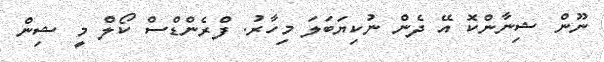
ނޫން ޝިނާންކޮ އޭ ދެން ނުކިޔަބަލަ މިހާރު. ފްރެންޑްސް ކޯލް މީ ޝިން